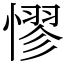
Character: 憀